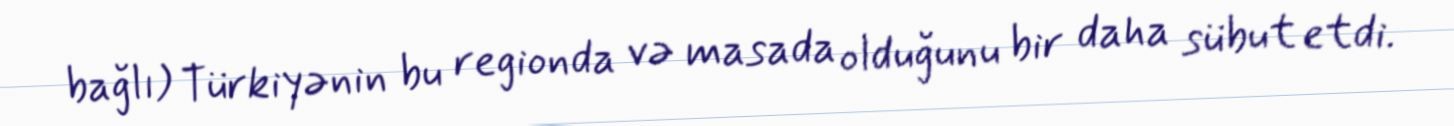
bağlı) Türkiyənin bu regionda və masada olduğunu bir daha sübut etdi.